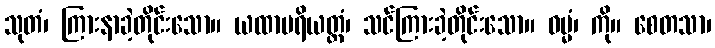
သုတံ၊ ကြားနာခဲ့တိုင်းသော။ ယထာပရိယတ္တံ၊ သင်ကြားခဲ့တိုင်းသော။ ဓမ္မံ၊ ကို။ စေတသာ၊